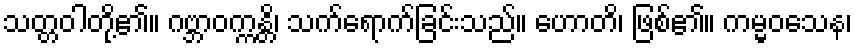
သတ္တဝါတို့၏။ ဂဗ္ဘာဝက္ကန္တိ၊ သက်ရောက်ခြင်းသည်။ ဟောတိ၊ ဖြစ်၏။ ကမ္မဝသေန၊